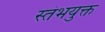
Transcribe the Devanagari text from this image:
स्तंभयुक्त